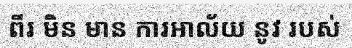
ពីរ មិន មាន ការឤល័យ នូវ របស់